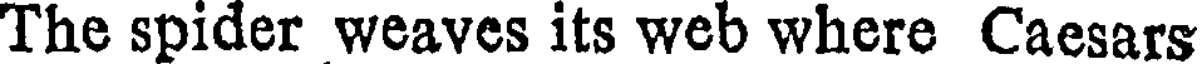
The spider weaves its web where Caesars